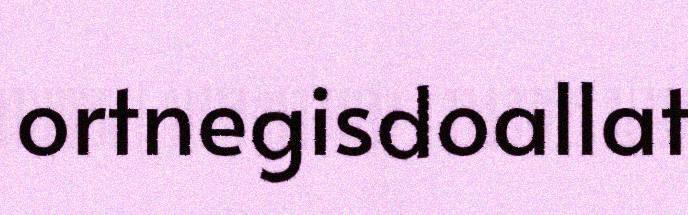
ortnegisdoallat